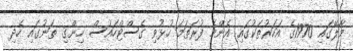
މާލޭގައި 1970ގެ އަހަރުތަކުގައި އެންމެ ފުރަތަމަ ހުޅުވި ގެސްޓްހައުސް ހިންގި ތަނުގައި ހެދި